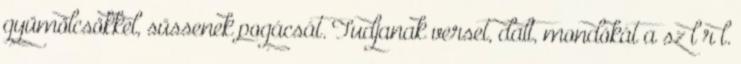
gyümölcsökkel, süssenek pogácsát. Tudjanak verset, dalt, mondókát a szılırıl.